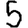
Digit: 5